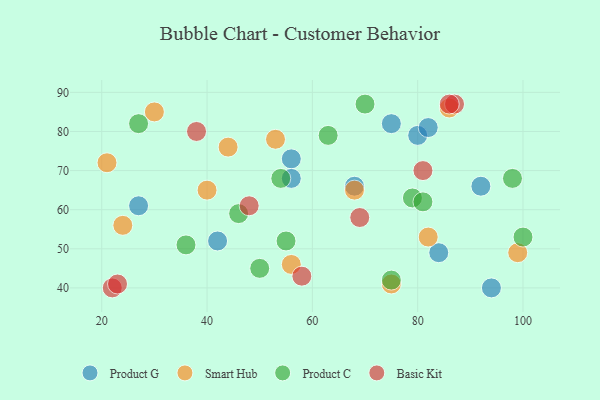
{"axis": {"x": "GDP", "y": "Life Expectancy"}, "legend": ["Basic Kit", "Product C", "Product G", "Smart Hub"], "data": [{"x": "80", "y": 79, "type": "Product G"}, {"x": "27", "y": 61, "type": "Product G"}, {"x": "92", "y": 66, "type": "Product G"}, {"x": "75", "y": 82, "type": "Product G"}, {"x": "56", "y": 73, "type": "Product G"}, {"x": "42", "y": 52, "type": "Product G"}, {"x": "82", "y": 81, "type": "Product G"}, {"x": "94", "y": 40, "type": "Product G"}, {"x": "56", "y": 68, "type": "Product G"}, {"x": "68", "y": 66, "type": "Product G"}, {"x": "84", "y": 49, "type": "Product G"}, {"x": "68", "y": 65, "type": "Smart Hub"}, {"x": "21", "y": 72, "type": "Smart Hub"}, {"x": "24", "y": 56, "type": "Smart Hub"}, {"x": "82", "y": 53, "type": "Smart Hub"}, {"x": "99", "y": 49, "type": "Smart Hub"}, {"x": "40", "y": 65, "type": "Smart Hub"}, {"x": "44", "y": 76, "type": "Smart Hub"}, {"x": "56", "y": 46, "type": "Smart Hub"}, {"x": "86", "y": 86, "type": "Smart Hub"}, {"x": "53", "y": 78, "type": "Smart Hub"}, {"x": "30", "y": 85, "type": "Smart Hub"}, {"x": "75", "y": 41, "type": "Smart Hub"}, {"x": "100", "y": 53, "type": "Product C"}, {"x": "63", "y": 79, "type": "Product C"}, {"x": "54", "y": 68, "type": "Product C"}, {"x": "46", "y": 59, "type": "Product C"}, {"x": "36", "y": 51, "type": "Product C"}, {"x": "55", "y": 52, "type": "Product C"}, {"x": "50", "y": 45, "type": "Product C"}, {"x": "79", "y": 63, "type": "Product C"}, {"x": "70", "y": 87, "type": "Product C"}, {"x": "27", "y": 82, "type": "Product C"}, {"x": "98", "y": 68, "type": "Product C"}, {"x": "75", "y": 42, "type": "Product C"}, {"x": "81", "y": 62, "type": "Product C"}, {"x": "38", "y": 80, "type": "Basic Kit"}, {"x": "87", "y": 87, "type": "Basic Kit"}, {"x": "48", "y": 61, "type": "Basic Kit"}, {"x": "22", "y": 40, "type": "Basic Kit"}, {"x": "23", "y": 41, "type": "Basic Kit"}, {"x": "69", "y": 58, "type": "Basic Kit"}, {"x": "81", "y": 70, "type": "Basic Kit"}, {"x": "86", "y": 87, "type": "Basic Kit"}, {"x": "58", "y": 43, "type": "Basic Kit"}]}